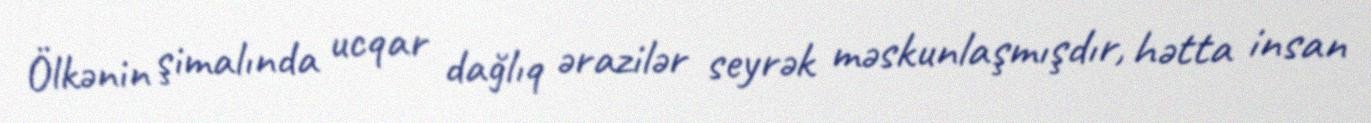
Ölkənin şimalında ucqar dağlıq ərazilər seyrək məskunlaşmışdır, hətta insan